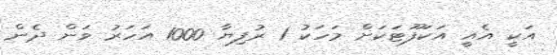
އަކީ އެއީ އަކަފޫޓަކަށް މަހަކު 1 ރުފިޔާ 1000 އަހަރު ވަން ދެން